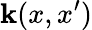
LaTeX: \mathbf{k}(x,x^{\prime})